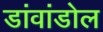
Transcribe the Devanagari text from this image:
डांवांडोल